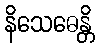
နိသေဓေန္တိ